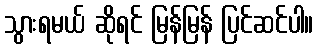
သွားရမယ် ဆိုရင် မြန်မြန် ပြင်ဆင်ပါ။